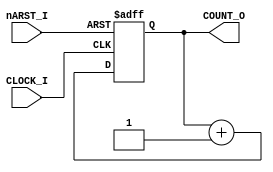
//**************************************************************************
module COUNTER(CLOCK_I, nARST_I, COUNT_O);

parameter CBITS = 3;

input	CLOCK_I;
input	nARST_I;

output[CBITS-1:0]	COUNT_O;

reg[CBITS-1:0]	COUNT_O;

always @(posedge CLOCK_I or negedge nARST_I)
  if(nARST_I==1'b0)
    COUNT_O	<= {CBITS{1'b0}};
  else
    COUNT_O	<= COUNT_O + 1;

endmodule

//--------------------------------------------------------------------------

module MULTIPLE_COUNTERS(CLOCK_I, nARST_I, COUNT_O);

parameter M = 3;
parameter CBITS = 4;

input	CLOCK_I;
input	nARST_I;

output[M*CBITS-1:0]	COUNT_O;

COUNTER #(.CBITS(CBITS)) INST_COUNTER[M-1:0] (CLOCK_I, nARST_I, COUNT_O);

endmodule

//--------------------------------------------------------------------------

module TEST_COUNTER;

parameter M = 2;
parameter CBITS = 2;

reg	CLOCK;
reg	nARST;
reg	CTRL_I;

wire[M*CBITS-1:0]	COUNTS;

MULTIPLE_COUNTERS #(.M(M),
		    .CBITS(CBITS)) INST_MCTR(CLOCK, nARST, COUNTS);

initial CLOCK=1;
always #5 CLOCK=~CLOCK;

initial
  begin
  nARST=1;
  #5 nARST=0;
  #5 nARST=1;
  #200 $display("PASSED");
  $finish;
  end


endmodule